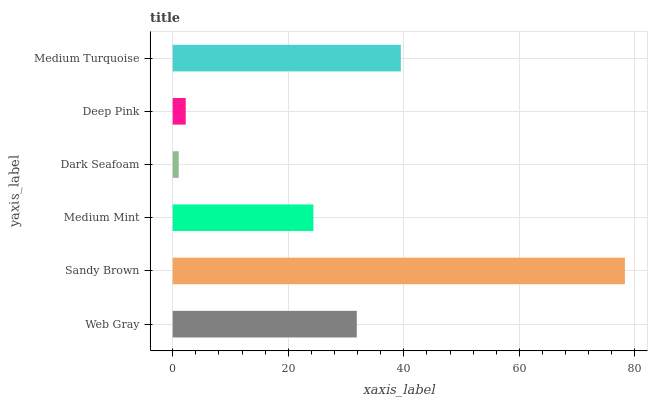
| yaxis_label | bars |
 | --- | --- |
 | Web Gray | 31.9 |
 | Sandy Brown | 78.3 |
 | Medium Mint | 24.3 |
 | Dark Seafoam | 1.04 |
 | Deep Pink | 2.26 |
 | Medium Turquoise | 39.5 |